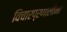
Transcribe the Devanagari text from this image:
विचारप्रणालींना